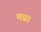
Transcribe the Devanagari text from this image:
मग्ना